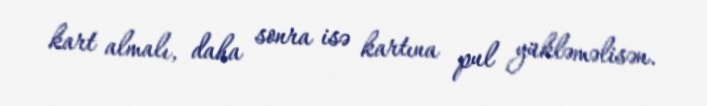
kart almalı, daha sonra isə kartına pul yükləməlisən.